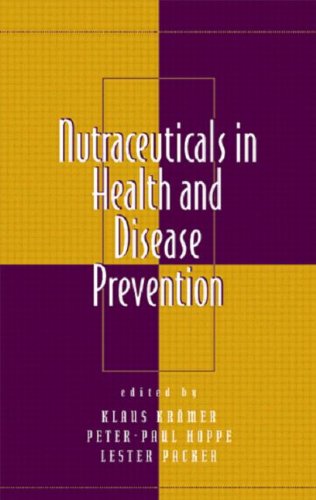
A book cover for Nutraceuticals in Health and Disease Prevention (Infectious Disease and Therapy); Medical Books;